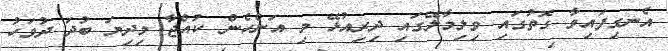
އެނގިފައިވާ ގޮތުގައި ވިލިމާލޭގައި ދިރިއުޅޭ މި އަންހެން ކުއްޖާ މިދިޔަ ބުދަ ދުވަހު